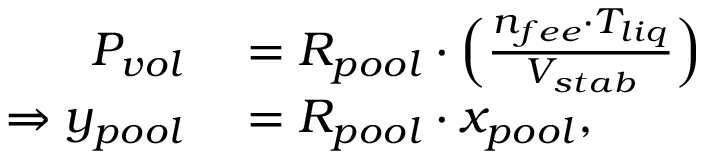
\begin{array} { r l } { P _ { v o l } } & { { } = R _ { p o o l } \cdot \Big ( \frac { n _ { f e e } \cdot T _ { l i q } } { V _ { s t a b } } \Big ) } \\ { \Rightarrow y _ { p o o l } } & { { } = R _ { p o o l } \cdot x _ { p o o l } , } \end{array}